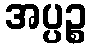
အပ္ပဉ္စ